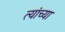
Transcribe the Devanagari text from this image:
त्यांच्या